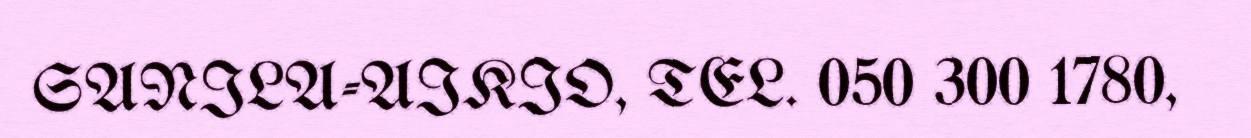
SANILA-AIKIO, TEL. 050 300 1780,